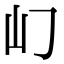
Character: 𡴮